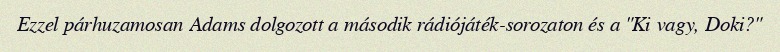
Ezzel párhuzamosan Adams dolgozott a második rádiójáték-sorozaton és a "Ki vagy, Doki?"